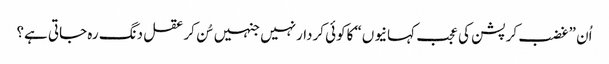
اُن ”غضب کرپشن کی عجب کہانیوں“ کاکوئی کردارنہیں جنہیں سُن کرعقل دنگ رہ جاتی ہے؟